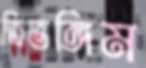
ত্রিভঙ্গিম